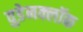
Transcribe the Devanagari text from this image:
वुडेनक्लॉक